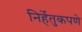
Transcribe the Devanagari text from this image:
निर्हेतुकपणे